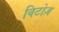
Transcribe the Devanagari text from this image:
विटोज़